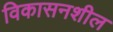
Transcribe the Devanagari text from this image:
विकासनशील